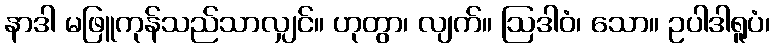
နာဒါ မဖြူကုန်သည်သာလျှင်။ ဟုတွာ၊ လျက်။ ဩဒါဝံ၊ သော။ ဥပါဒါရူပံ၊